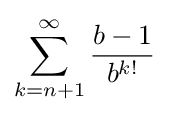
\sum _{k=n+1}^{\infty }{\frac {b-1}{b^{k!}}}